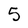
Character: 5